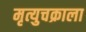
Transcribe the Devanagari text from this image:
मृत्युचक्राला